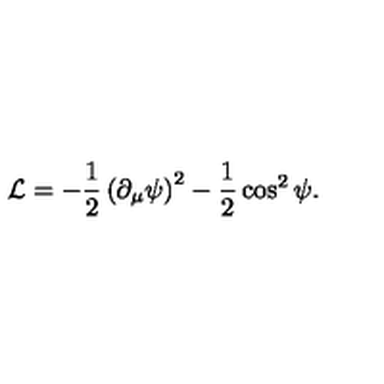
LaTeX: { \cal L } = - { \frac { 1 } { 2 } } \left( \partial _ { \mu } \psi \right) ^ { 2 } - { \frac { 1 } { 2 } } \cos ^ { 2 } \psi .